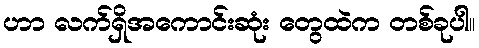
ဟာ လက်ရှိအကောင်းဆုံး တွေထဲက တစ်ခုပါ။